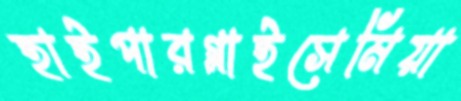
হাইপারগ্লাইসেমিয়া